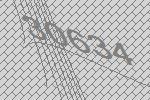
30634